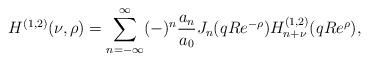
LaTeX: \begin{align*}H^{(1,2)}(\nu,\rho) = \sum_{n=-\infty}^{\infty} (-)^n {a_{n} \over a_{0}} J_{n}(qR e^{-\rho}) H^{(1,2)}_{n+\nu}(qR e^\rho), \end{align*}